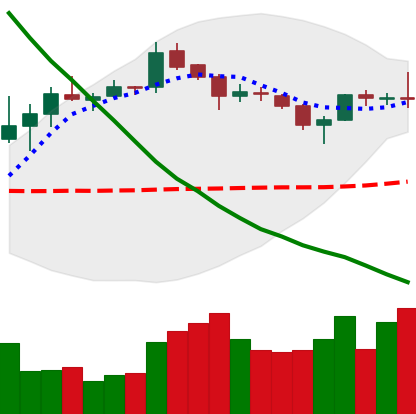
Ticker: XLM-USD
Chart end date: 2019-03-30
Forward return: 10.646%
Label: up_7plus